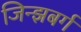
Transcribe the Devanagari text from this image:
जिन्झबर्ग